Civil Veterinary Department Bengal reports 1933-51 - 1933-1951
Year: 1933
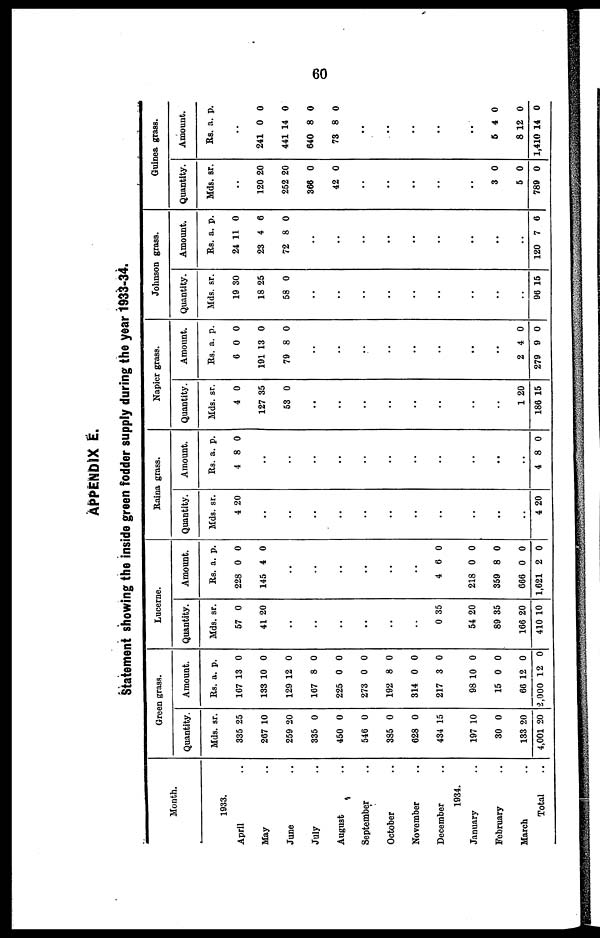
60
APPENDIX E.
Statement showing the inside green fodder supply during the year 1933-34.
Month.
1933.
April ..
May ..
June ..
July ..
August ..
September ..
October ..
November ..
December ..
1934.
January ..
February ..
March ..
Total ..
Green grass.
Quantity.
Mds.
335
267
259
335
450
546
385
628
434
197
30
133
4,001
sr.
25
10
20
0
0
0
0
0
15
10
0
20
20
Amount.
Rs.
167
133
129
167
225
273
192
314
217
98
15
66
2,000
a.
13
10
12
8
0
0
8
0
3
10
0
12
12
p.
0
0
0
0
0
0
0
0
0
0
0
0
0
Lucerne.
Quantity.
Mds.
57
41
..
..
..
..
..
..
0
54
89
166
410
sr.
0
20
35
20
35
20
10
Amount.
Rs.
228
145
..
..
..
..
..
..
4
218
359
666
1,621
a.
0
4
6
0
8
0
2
p.
0
0
0
0
0
0
0
Raina grass.
Quantity.
Mds.
4
..
..
..
..
..
..
..
..
..
..
..
4
sr.
20
20
Amount.
Rs.
4
..
..
..
..
..
..
..
..
..
..
..
4
a.
8
8
p.
0
0
Napier grass.
Quantity.
Mds.
4
127
53
..
..
..
..
..
..
..
..
1 2
186
sr.
0
35
0
0
15
Amount.
Rs.
6
191 1
79
..
..
..
..
..
..
..
..
2
279
a.
0
3
8
4
9
p.
0
0
0
0
0
Johnson grass.
Quantity.
Mds.
19
18
58
..
..
..
..
..
..
..
..
..
96
sr.
30
25
0
15
Amount.
Rs.
24
23
72
..
..
..
..
..
..
..
..
..
120
a.
11
4
8
7 6
p.
0
6
0
Guinea grass.
Quantity.
Mds.
..
120
252
366
42
..
..
..
..
..
3
5
789
sr.
20
20
0
0
0
0
0
Amount.
Rs.
..
241
441
640
73
..
..
..
5
8
1,410
a.
0
14
8
8
4
12
14
p.
0
0
0
0
0
0
0